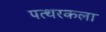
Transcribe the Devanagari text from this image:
पत्थरकला